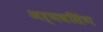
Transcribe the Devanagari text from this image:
अर्णवसिंग